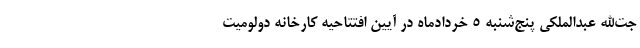
جت‌الله عبدالملکی پنج‌شنبه ۵ خردادماه در آیین افتتاحیه کارخانه دولومیت